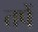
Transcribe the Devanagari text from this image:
तपें